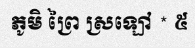
ភូមិ ព្រៃ ស្រឡៅ * ៥